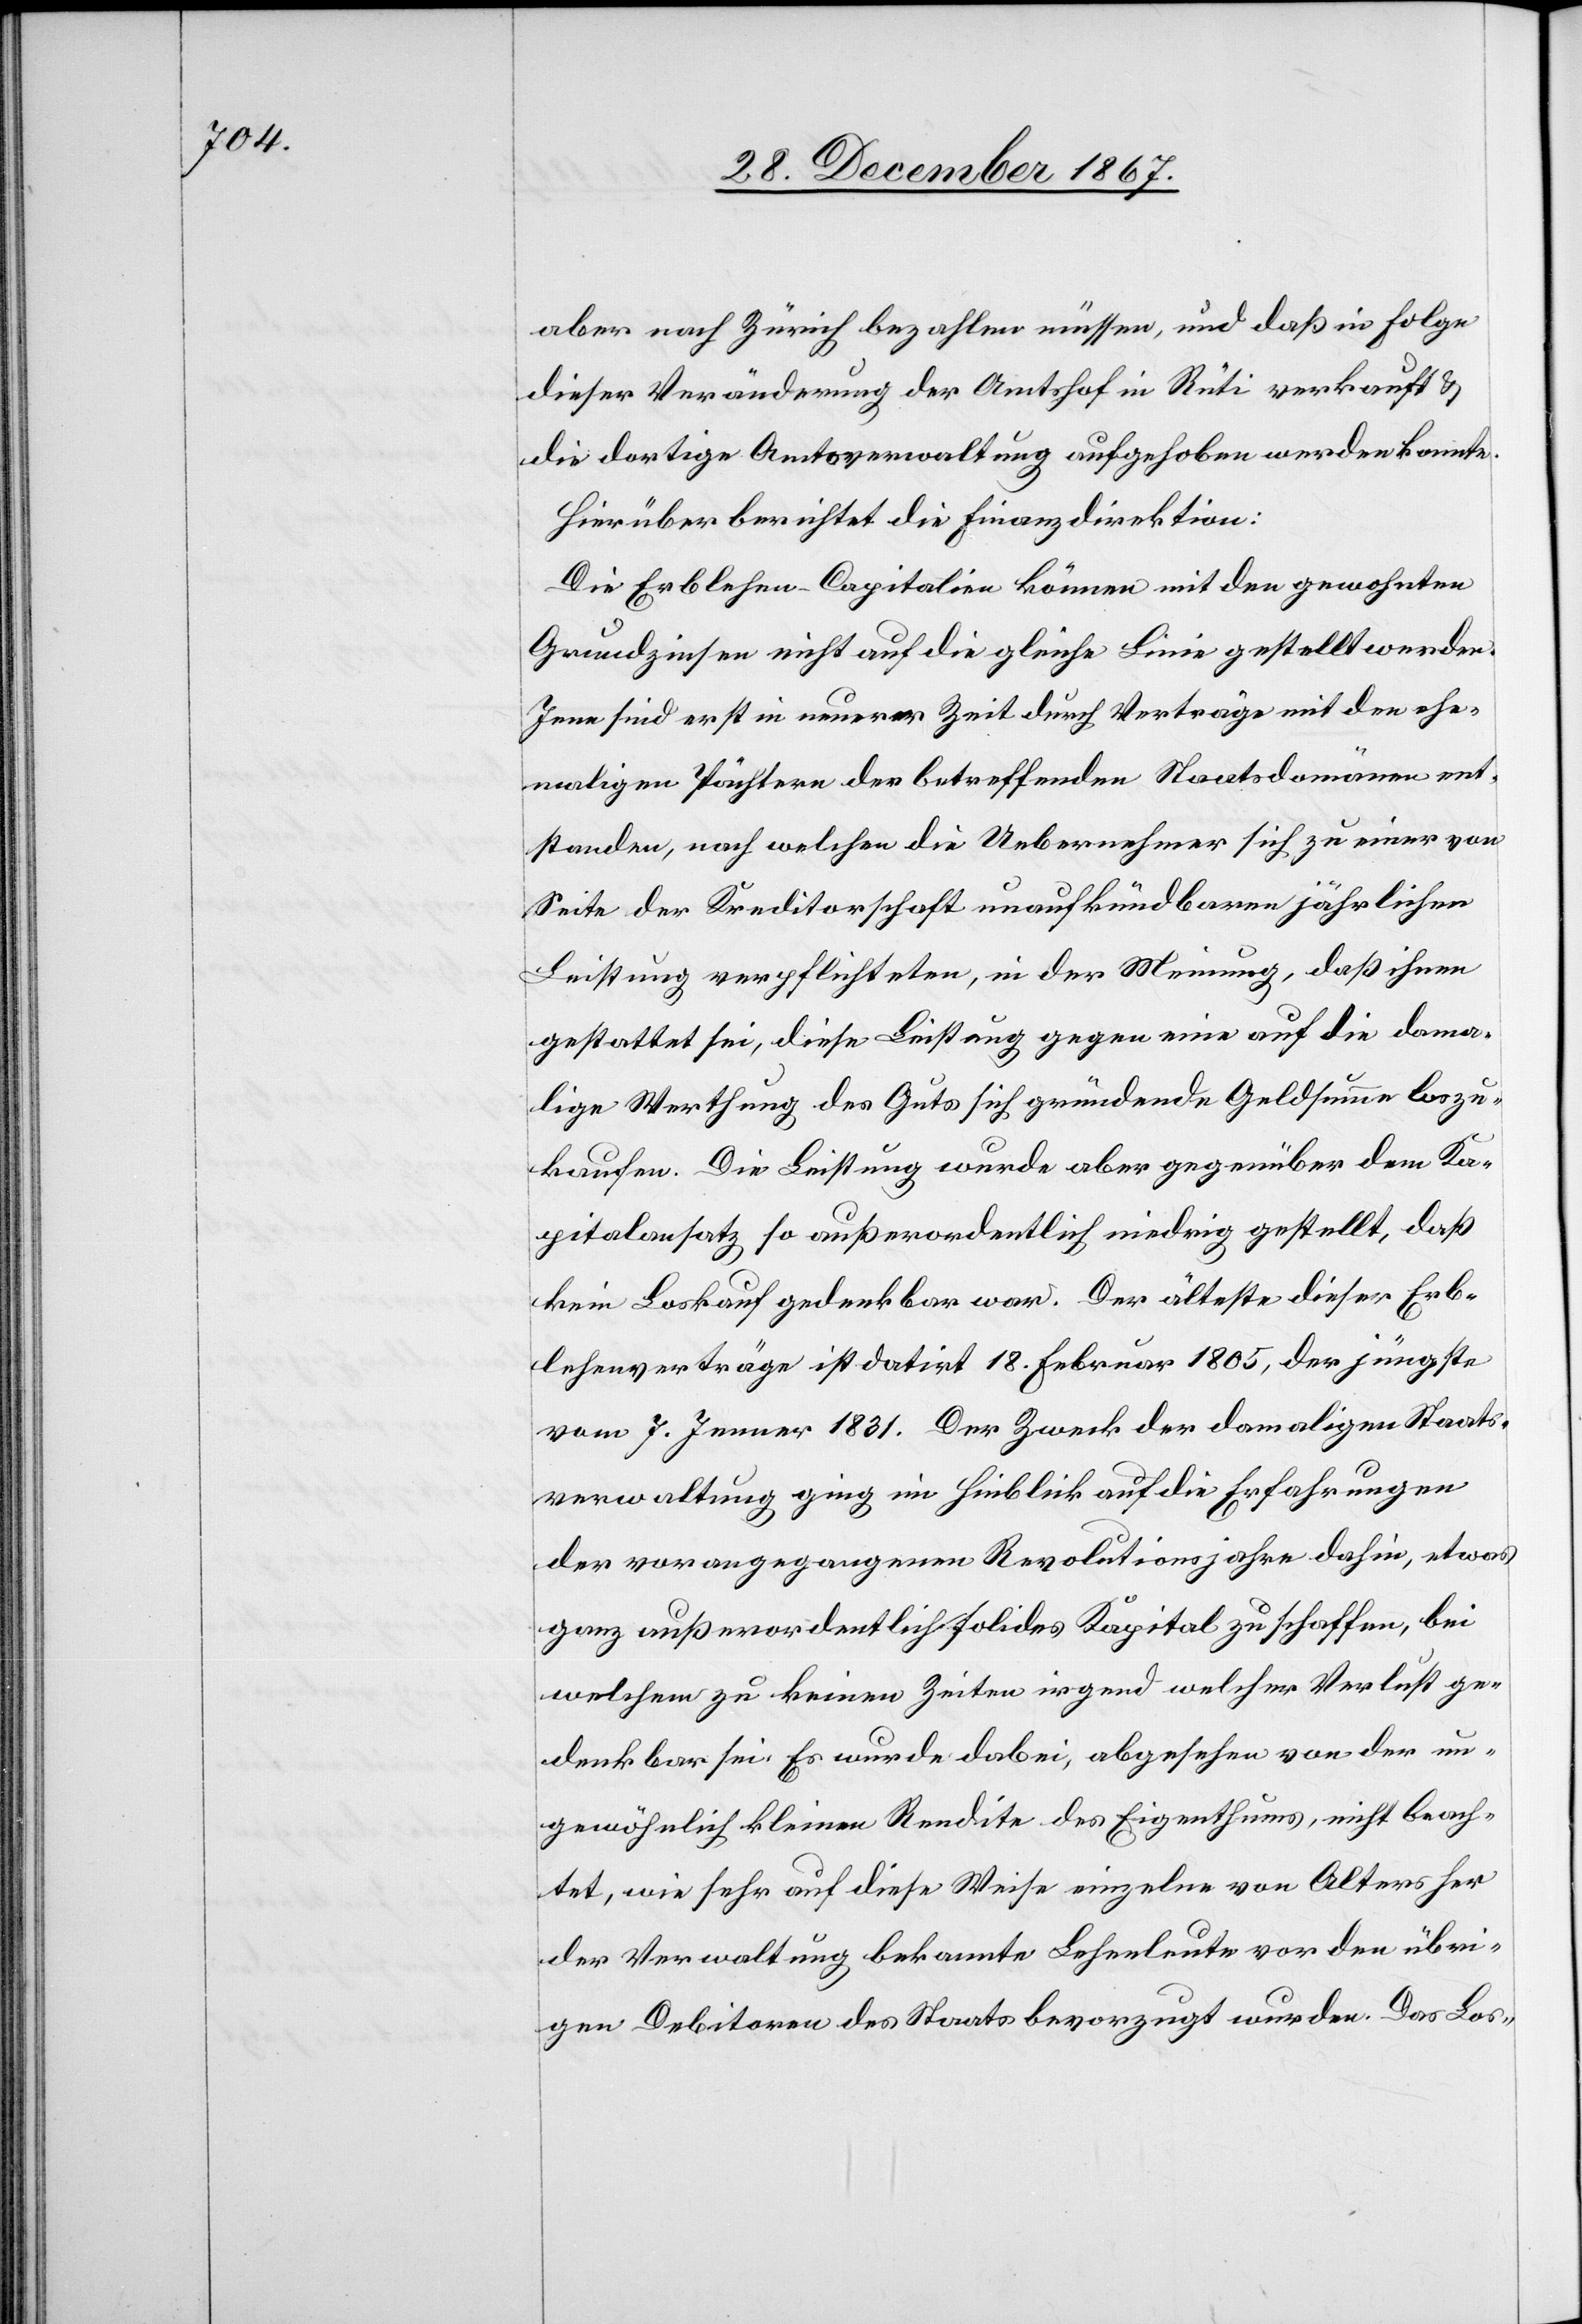
aber nach Zürich bezahlen müssen, und daß in Folge
dieser Veränderung der Amtshof Rüti verkauft u.
die dortige Amtsverwaltung aufgehoben werden konnte.
Hierüber berichtet die Finanzdirektion:
Die Erblehen-Capitalien können mit den gewohnten
Grundzinsen nicht auf die gleiche Linie gestellt werden.
Jene sind erst in neuerer Zeit durch Verträge mit den ehe¬
maligen Pächtern der betreffenden Staatsdomänen ent¬
standen, nach welchen die Uebernehmer sich zu einer von
Seite der Kreditorschaft unaufkündbaren jährlichen
Leistung verpflichteten, in der Meinung, daß ihnen
gestattet sei, diese Leistung gegen eine auf die dama¬
lige Werthung des Guts sich gründende Geldsumme loszu¬
kaufen. Die Leistung werde aber gegenüber dem Ka¬
pitalansatz so außerordentlich niedrig gestellt, daß
kein Loskauf gedenkbar war. Der älteste dieser Erbe¬
lehenverträge ist datirt 18. Februar 1805, der jüngste
vom 7. Jenner 1831. Der Zweck der damaligen Staats¬
verwaltung ging im Hinblick auf die Erfahrungen
der vorangegangenen Revolutionsjahre dahin, etwas
ganz außerordentlich solides Kapital zu schaffen, bei
welchem zu keinen Zeiten irgend welcher Verlust ge¬
denkbar sei. Es wurde dabei, abgesehen von der un¬
gewöhnlich kleinen Rendite des Eigenthums, nicht beach¬
tet, wie sehr auf diese Weise einzelne von Alters her
der Verwaltung bekannte Lehenleute vor den übri¬
gen Debitoren des Staats bevorzugt wurden. Das Los-